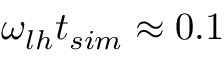
\omega _ { l h } t _ { s i m } \approx 0 . 1